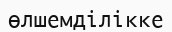
өлшемділікке